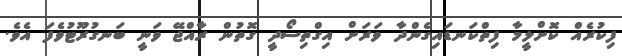
ފިކުރެއް ކޮށްލީމާ ފިތްކަނޑައިގެންދާ ވަރަށް އިގްތިސޯދީ ގޮތުން ރާއްޖޭ ވަނީ ބަނގުރޫޓުވެފަ އެވެ.